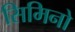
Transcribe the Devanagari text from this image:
सिमिनो